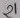
Text: 21